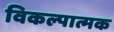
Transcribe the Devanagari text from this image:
विकल्पात्मक